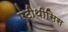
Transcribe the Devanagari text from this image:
एंटीथीसिस